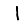
Digit: 1